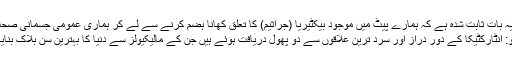
لاس اینجلس: یہ بات ثابت شدہ ہے کہ ہمارے پیٹ میں موجود بیکٹیریا (جراثیم) کا تعلق کھانا ہضم کرنے سے لے کر ہماری عمومی جسمانی صحت تک سے...
سان تیاگو: انٹارکٹیکا کے دور دراز اور سرد ترین علاقوں سے دو پھول دریافت ہوئے ہیں جن کے مالیکیولز سے دنیا کا بہترین سن بلاک بنایا جا سکتا ہے۔